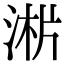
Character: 𣶁